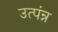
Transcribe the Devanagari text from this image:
उत्पंन्न